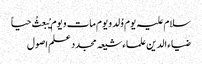
سلام علیہ یوم وُلد و یوم مات و یوم یُبعثُ حیاً
ضیاء الدین علماء شیعہ مجدد علم اصول